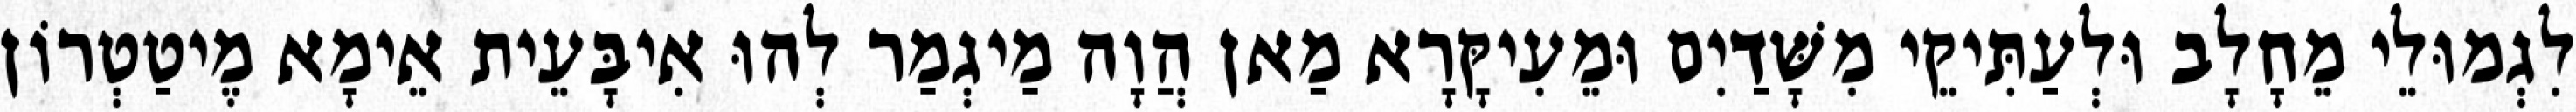
לִגְמוּלֵי מֵחָלָב וּלְעַתִּיקֵי מִשָּׁדַיִם וּמֵעִיקָּרָא מַאן הֲוָה מַיגְמַר לְהוּ אִיבָּעֵית אֵימָא מֶיטַטְרוֹן